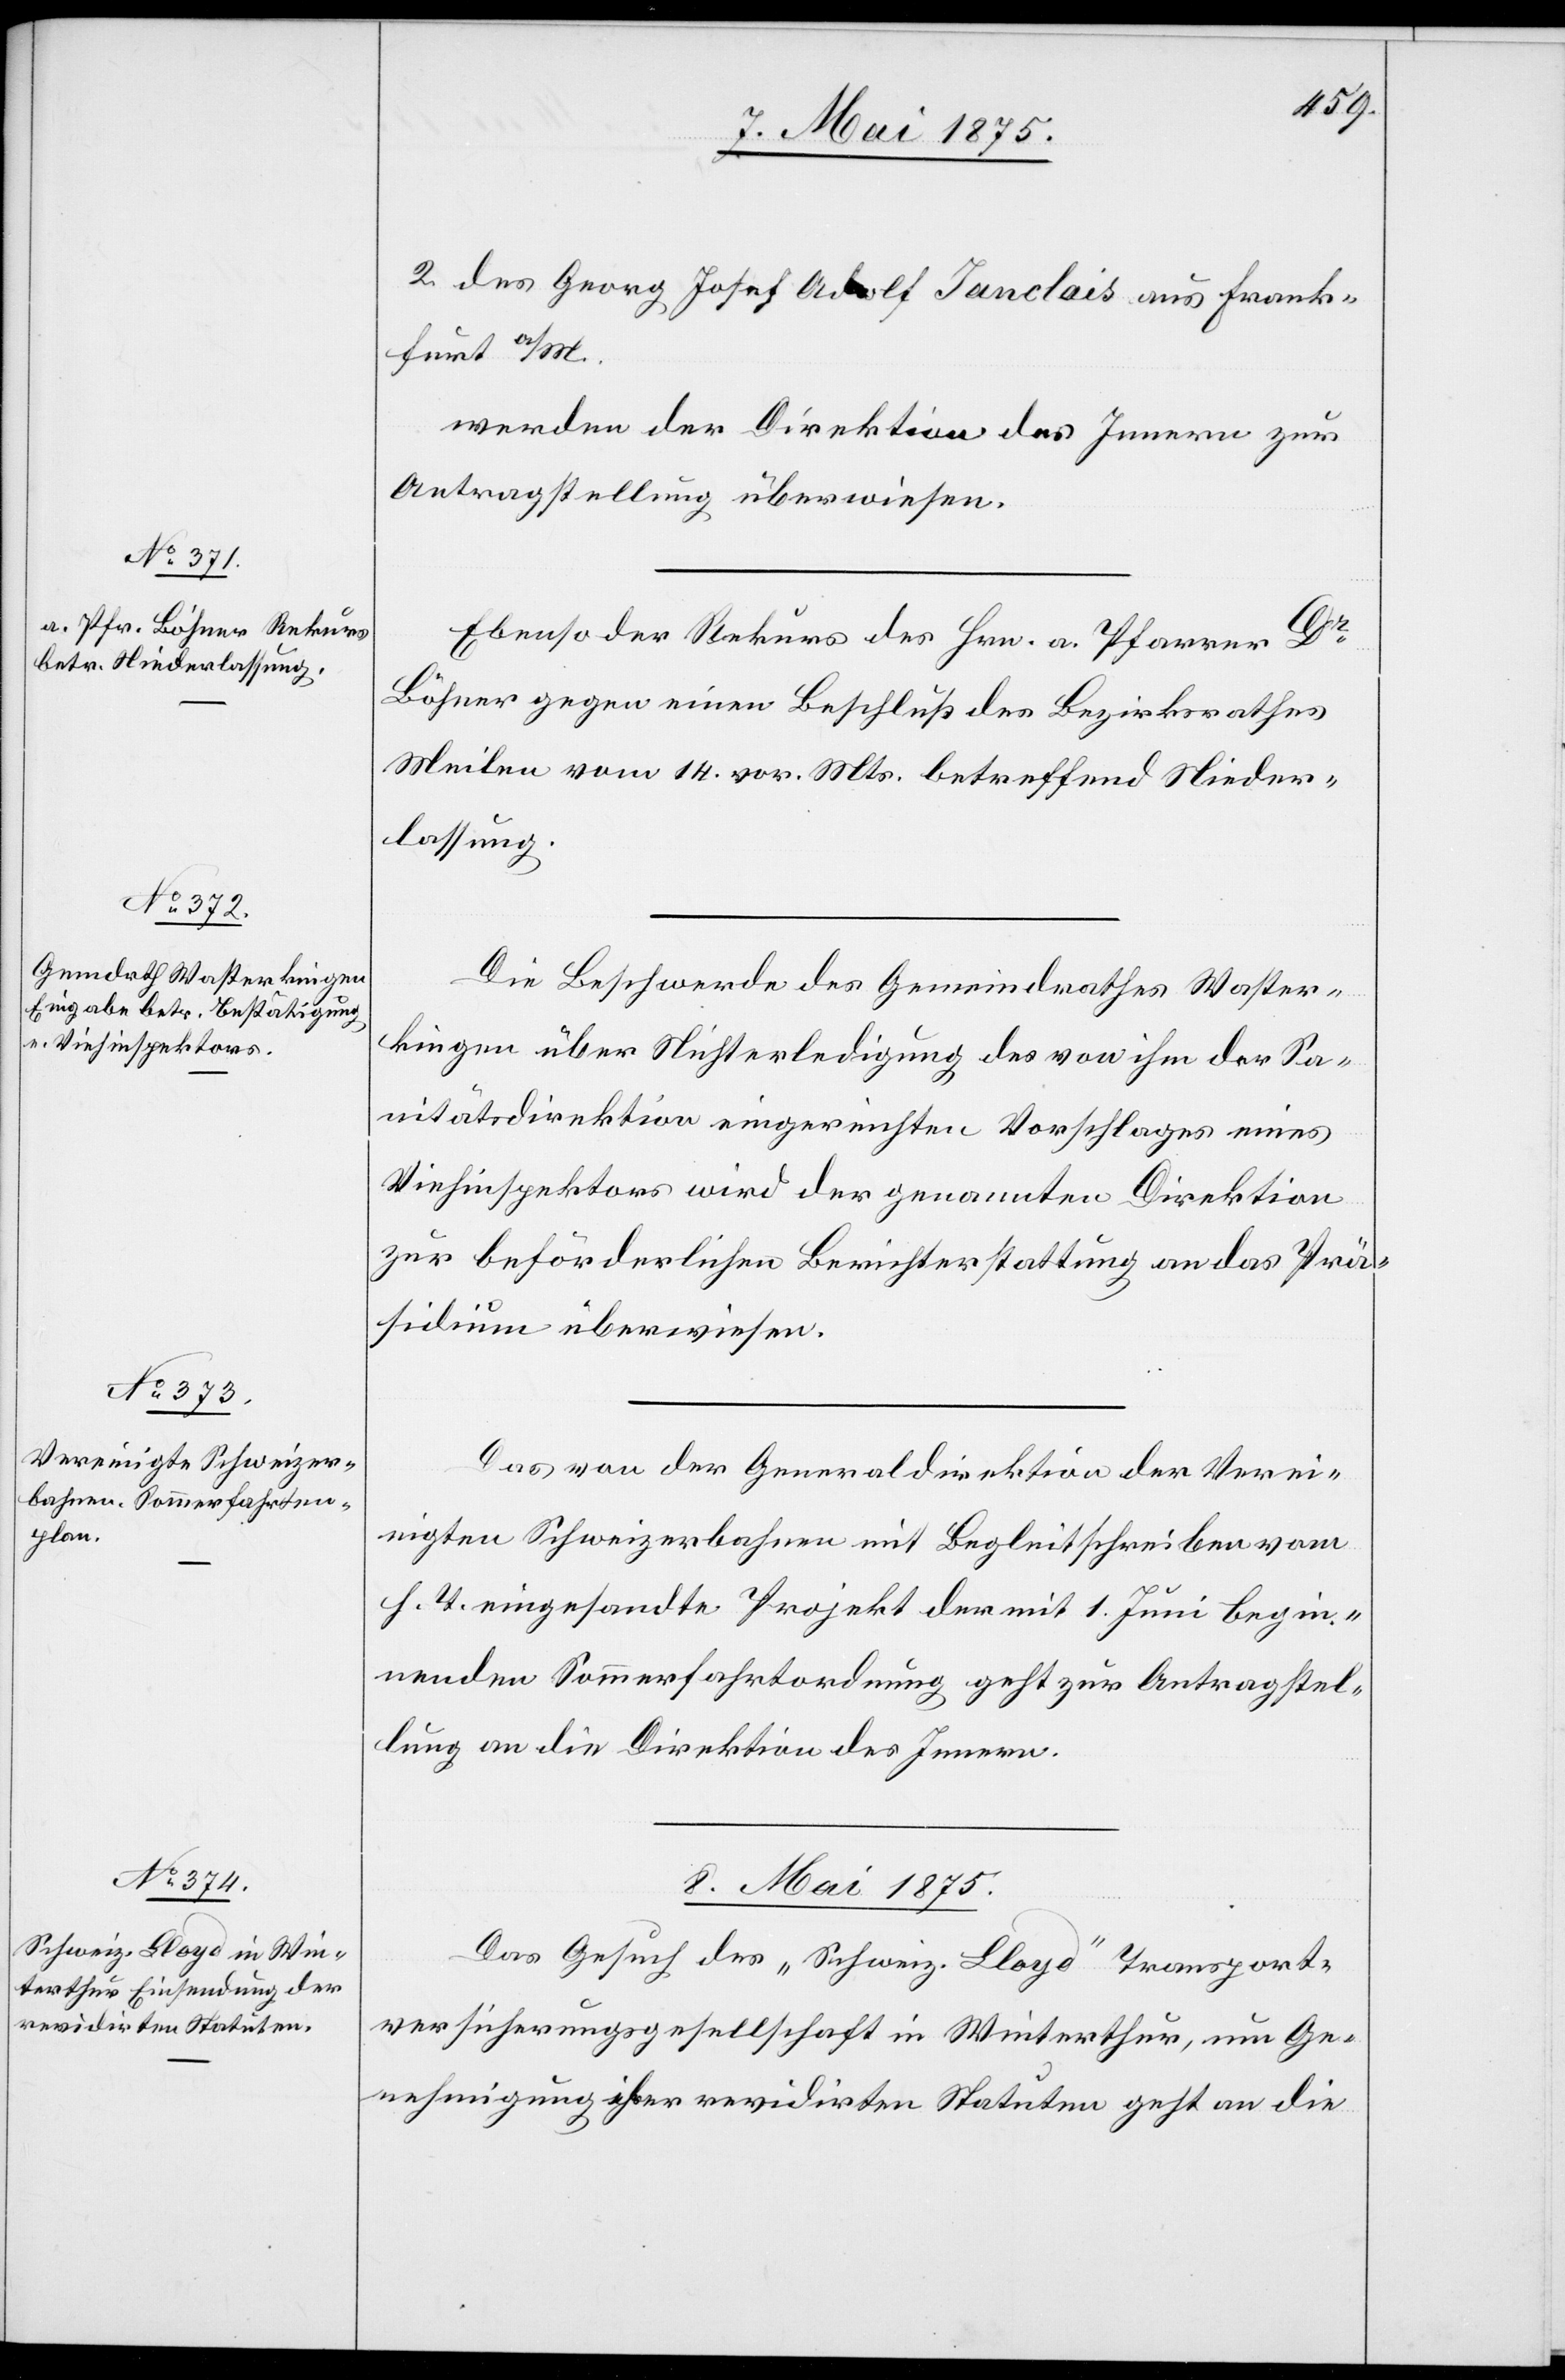
7. Mai 1875.]
2. des Georg Josef Adolf Janclais aus Frank¬
furt a/M.
werden der Direktion des Innern zur
Antragstellung überwiesen.
Ebenso der Rekurs des Hrn. a. Pfarrer Dr
Böhner gegen einen Beschluß des Bezirksrathes
Meilen vom 14. vor. Mts. betreffend Nieder¬
lassung.
Die Beschwerde des Gemeindrathes Waster¬
kingen über Nichterledigung des von ihm der Sa¬
nitätsdirektion eingereichten Vorschlages eines
Viehinspektors wird der genannten Direktion
zur beförderlichen Berichterstattung an das Prä¬
sidium überwiesen.
Das von der Generaldirektion der Verei¬
nigten Schweizerbahnen mit Begleitschreiben vom
h. T. eingesandte Projekt der mit 1. Juni begin¬
nenden Sommerfahrtordnung geht zur Antragstel¬
lung an die Direktion des Innern.
8. Mai 1875.
Das Gesuch des „Schweiz. Bloyd“ Transport¬
versicherungsgesellschaft in Winterthur, um Ge¬
nehmigung ihrer revidirten Statuten geht an die